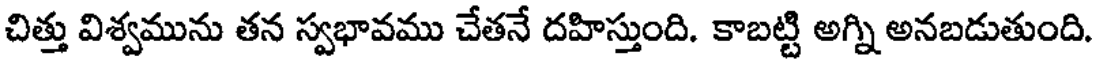
చిత్తు విశ్వమును తన స్వభావము చేతనే దహిస్తుంది. కాబట్టి అగ్ని అనబడుతుంది.